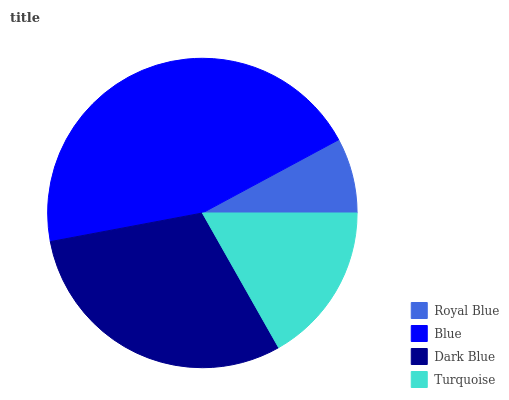
| Royal Blue | Blue | Dark Blue | Turquoise |
 | --- | --- | --- | --- |
 | 7.85% | 45% | 30.2% | 16.9% |